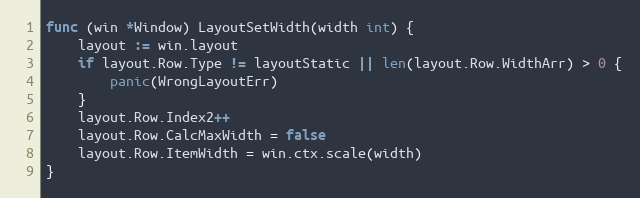
Language: Go
func (win *Window) LayoutSetWidth(width int) {
	layout := win.layout
	if layout.Row.Type != layoutStatic || len(layout.Row.WidthArr) > 0 {
		panic(WrongLayoutErr)
	}
	layout.Row.Index2++
	layout.Row.CalcMaxWidth = false
	layout.Row.ItemWidth = win.ctx.scale(width)
}